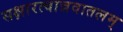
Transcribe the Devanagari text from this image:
सक्षारत्वान्नवातलम्